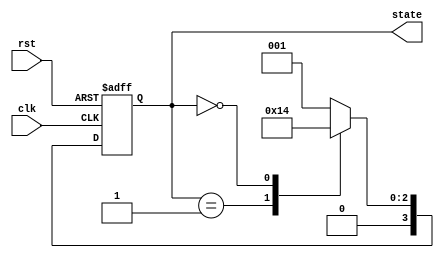
module ring_counter #(
    parameter N = 4  // Parameter for the number of bits in the ring counter
)(
    input wire clk,      // Clock input
    input wire rst,      // Reset input
    output reg [N-1:0] state // Output state
);

// Internal signal to hold the next state value
reg [N-1:0] next_state;

always @(posedge clk or posedge rst) begin
    if (rst) begin
        // On reset, initialize the state to the first state
        state <= 1'b1 << 0; // 000...0001 for the first state
    end else begin
        // Update the state on the rising edge of the clock
        state <= next_state;
    end
end

always @(*) begin
    // Generate next state logic for the ring counter
    case (state)
        1'b1 << 0: next_state = 1'b1 << 1; // Transition from state 0 to state 1
        1'b1 << 1: next_state = 1'b1 << 2; // Transition from state 1 to state 2
        1'b1 << 2: next_state = 1'b1 << 3; // Transition from state 2 to state 3
        1'b1 << 3: next_state = 1'b1 << 0; // Transition from state 3 back to state 0
        default:   next_state = 1'b1 << 0; // Default case (should not occur)
    endcase
end

endmodule